Newspaper: The Emporia news. [volume]
Place of publication: Emporia, Kan.
Publisher: Jacob Stotler
Date: 1860-09-01 00:00:00
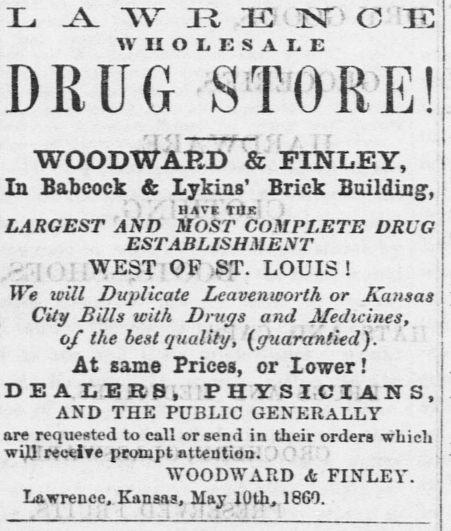
Advertisement text (OCR):
WHOLES A I. E DRUG STOR'E! WOODWARD & FINLEY, In Babcock & Xykins' Srick Building, '- v "HSVI TIIr' i LARGEST AND MOST COMPLETE DRUG ESTABLISHMENT ( ;WEST : OF ,ST. LOUIS 1 We will Duplicate Leavenworth or Ifansas City Bills with Drugs and Medicines, of the best quality, (guarantied). At same Prices, or lower! DE A LEIte, PHYSICIANS, AND THE PUBLIC GENERALLY are requested to call or send in their orders which wiJJ receive prompt attention. .) v WOODWARD & FINLEY. Lawrence, Kansas, May 10th, 18G1.
Label: text-only